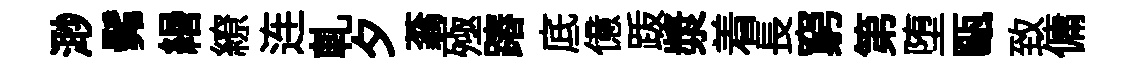
𣺌髴緡繚连軋夕蓊殛蹖底億䟦漿着長窮第堕甌致傭